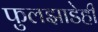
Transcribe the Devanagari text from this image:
फुलझाडेही